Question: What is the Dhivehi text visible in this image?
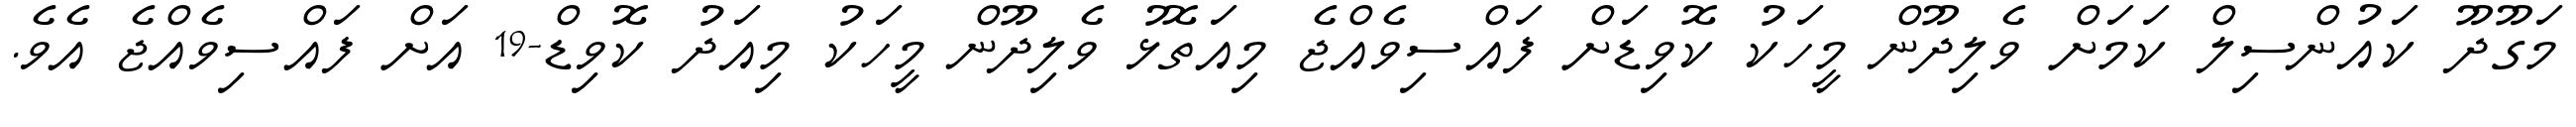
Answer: މަގޫދޫ ކައުންސިލް ކަމަށް ވެލިދޫން މީހަކު ކޮވިޑަށް ފައްސިވެއްޖެ މިއަތޮޅު ވެލިދޫން މީހަކު މިއަދު ކޮވިޑް-19 އަށް ފައްސިވެއްޖެ އެވެ.